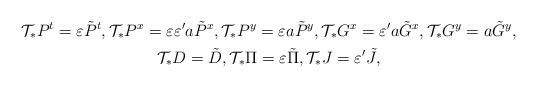
LaTeX: \begin{gather*}\mathcal T_*P^t=\varepsilon\tilde P^t,\mathcal T_*P^x=\varepsilon\varepsilon'a\tilde P^x,\mathcal T_*P^y=\varepsilon a\tilde P^y,\mathcal T_*G^x=\varepsilon'a\tilde G^x,\mathcal T_*G^y=a\tilde G^y,\\\mathcal T_*D =\tilde D,\mathcal T_*\Pi=\varepsilon\tilde\Pi,\mathcal T_*J =\varepsilon'\tilde J,\end{gather*}